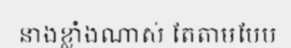
នាងខ្លាំងណាស់ តែតាមបែប